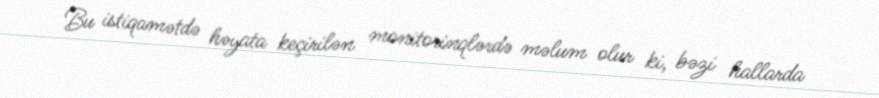
Bu istiqamətdə həyata keçirilən monitorinqlərdə məlum olur ki, bəzi hallarda